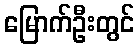
မြောက်ဦးတွင်